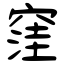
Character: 窪